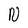
Character: N